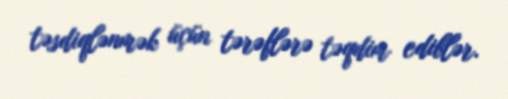
təsdiqlənmək üçün tərəflərə təqdim ediblər.